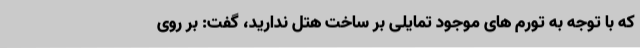
که با توجه به تورم های موجود تمایلی بر ساخت هتل ندارید، گفت: بر روی